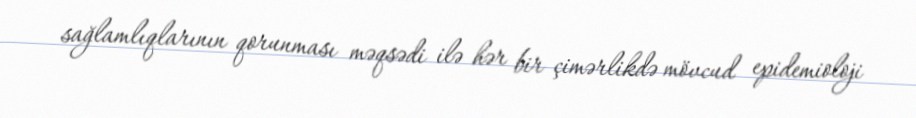
sağlamlıqlarının qorunması məqsədi ilə hər bir çimərlikdə mövcud epidemioloji